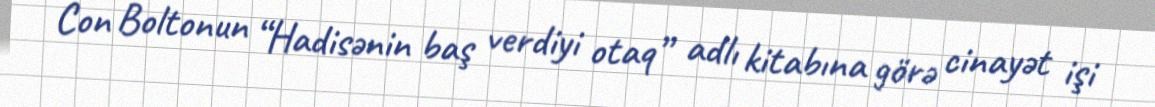
Con Boltonun “Hadisənin baş verdiyi otaq” adlı kitabına görə cinayət işi